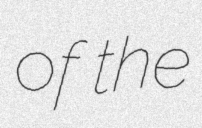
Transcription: of the